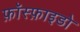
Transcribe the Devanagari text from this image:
फ़ॉस्फ़ाइडो